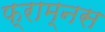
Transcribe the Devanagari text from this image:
फ्राम्नस